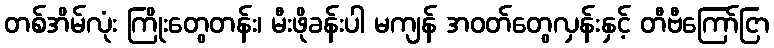
တစ်အိမ်လုံး ကြိုးတွေတန်း၊ မီးဖိုခန်းပါ မကျန် အဝတ်တွေလှန်းနှင့် တီဗီကြော်ငြာ